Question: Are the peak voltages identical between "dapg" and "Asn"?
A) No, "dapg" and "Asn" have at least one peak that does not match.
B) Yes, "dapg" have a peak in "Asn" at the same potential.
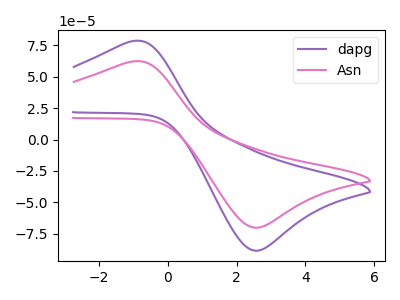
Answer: <think>The purple curve "dapg" has an anodic peak at (-1.00V, 78.30uA) and a cathodic peak at (2.55V, -88.45uA). The pink curve "Asn" has an anodic peak at (-1.00V, 62.10uA) and a cathodic peak at (2.55V, -70.15uA).</think>
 <answer>B) Yes, "dapg" have a peak in "Asn" at the same potential.</answer>
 <eval>B</eval>